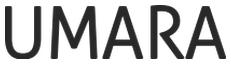
UMARA